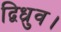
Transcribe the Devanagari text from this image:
द्विध्रुव।